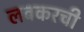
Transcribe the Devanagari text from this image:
लवकरची